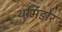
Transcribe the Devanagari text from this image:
थर्मिडोर